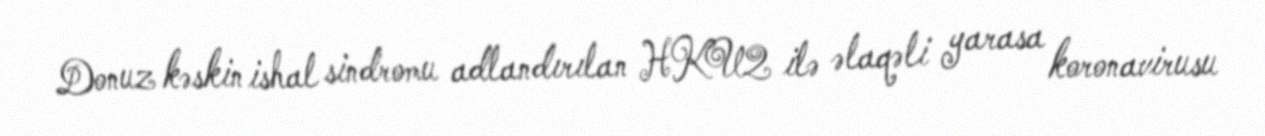
Donuz kəskin ishal sindromu adlandırılan HKU2 ilə əlaqəli yarasa koronavirusu